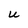
Character: U